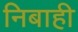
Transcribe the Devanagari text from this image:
निबाही